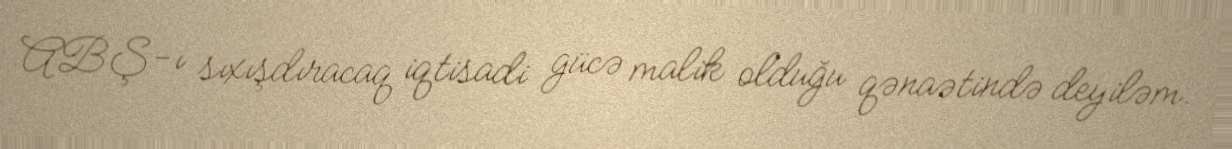
ABŞ-ı sıxışdıracaq iqtisadi gücə malik olduğu qənaətində deyiləm.